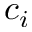
c _ { i }